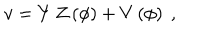
v = Y \, Z \left( \phi \right) + V \left( \phi \right) \ ,